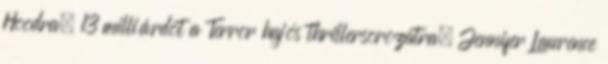
Hoodra, 13 milliárdot a Terror hajós thrillersorozatra, Jennifer Lawrence